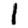
Digit: 1